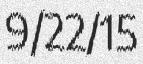
9/22/15